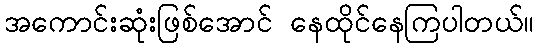
အကောင်းဆုံးဖြစ်အောင် နေထိုင်နေကြပါတယ်။